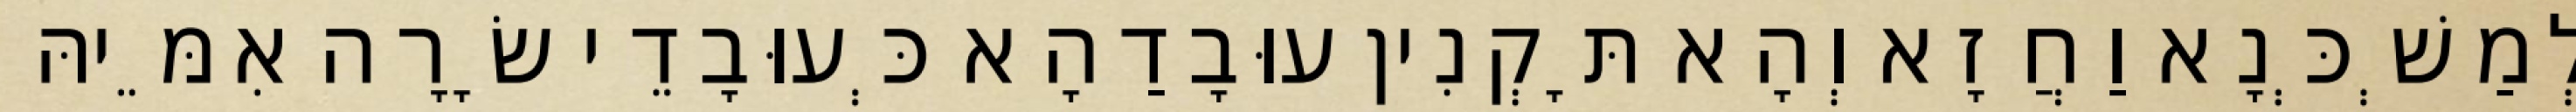
לְמַשְׁכְּנָא וַחֲזָא וְהָא תָּקְנִין עוּבָדַהָא כְּעוּבָדֵי שָׂרָה אִמֵּיהּ